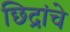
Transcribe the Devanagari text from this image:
छिद्रांचे